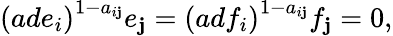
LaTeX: \left(ade_{i}\right)^{1-a_{i\mathbf{j}}}e_{\mathbf{j}}=\left(adf_{i}\right)^{1-a_{i\mathbf{j}}}f_{\mathbf{j}}=0,